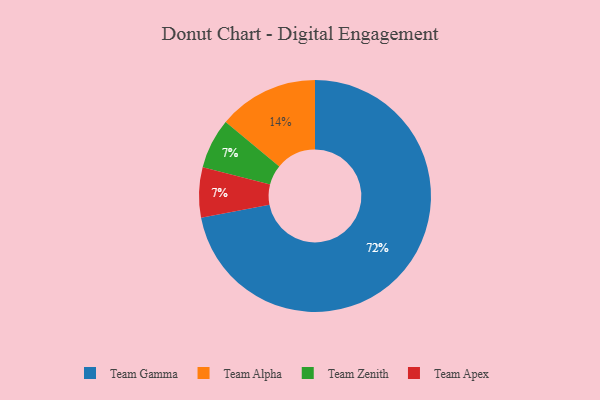
{"axis": {"x": "Category", "y": "Percentage"}, "legend": ["Team Alpha", "Team Apex", "Team Gamma", "Team Zenith"], "data": [{"x": "Team Gamma", "y": 72, "type": "Team Gamma"}, {"x": "Team Alpha", "y": 14, "type": "Team Alpha"}, {"x": "Team Zenith", "y": 7, "type": "Team Zenith"}, {"x": "Team Apex", "y": 7, "type": "Team Apex"}]}